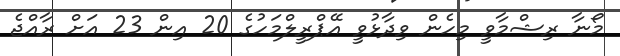
މޯނާ ރިޝްމާވީ މިހެން ވިދާޅުވީ އޭޕްރީލްމަހުގެ 20 އިން 23 އަށް ރާއްޖެ